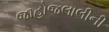
જાહોજલાલીની